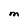
Character: M